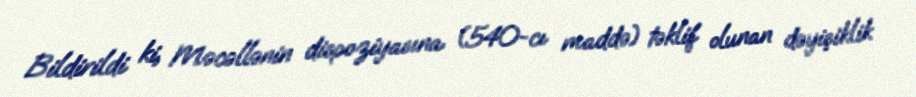
Bildirildi ki, Məcəllənin dispoziyasına (540-cı maddə) təklif olunan dəyişiklik